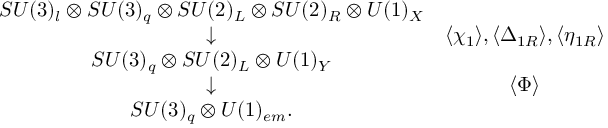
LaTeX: \begin{array} { c c } { { S U ( 3 ) _ { l } \otimes S U ( 3 ) _ { q } \otimes S U ( 2 ) _ { L } \otimes S U ( 2 ) _ { R } \otimes U ( 1 ) _ { X } } } & { { } } \\ { { \downarrow } } & { { \langle \chi _ { 1 } \rangle , \langle \Delta _ { 1 R } \rangle , \langle \eta _ { 1 R } \rangle } } \\ { { S U ( 3 ) _ { q } \otimes S U ( 2 ) _ { L } \otimes U ( 1 ) _ { Y } } } & { { } } \\ { { \downarrow } } & { { \langle \Phi \rangle } } \\ { { S U ( 3 ) _ { q } \otimes U ( 1 ) _ { e m } . } } & { { } } \end{array}